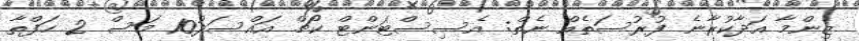
ޒިންމާ އަދާކުރާނެ ފުރުސަތެއް ނެތް: އެސިސްޓަންޓް ކޯޗް އައްސަދު10 މަސް 2 ހަފްތާ